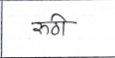
मजकूर: रुठी